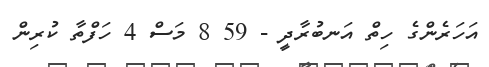
އަހަރެންގެ ހިތް އަނބުރާދީ - 59 8 މަސް 4 ހަފްތާ ކުރިން